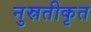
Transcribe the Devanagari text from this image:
नुस्रतीकृत